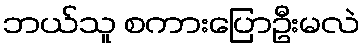
ဘယ်သူ စကားပြောဦးမလဲ